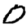
Digit: 0